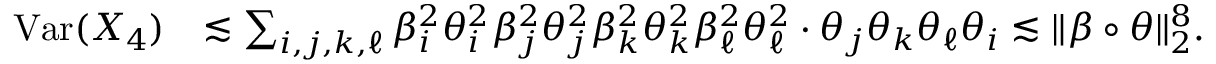
\begin{array} { r l } { \mathrm { V a r } ( X _ { 4 } ) } & { \lesssim \sum _ { i , j , k , \ell } \beta _ { i } ^ { 2 } \theta _ { i } ^ { 2 } \beta _ { j } ^ { 2 } \theta _ { j } ^ { 2 } \beta _ { k } ^ { 2 } \theta _ { k } ^ { 2 } \beta _ { \ell } ^ { 2 } \theta _ { \ell } ^ { 2 } \cdot \theta _ { j } \theta _ { k } \theta _ { \ell } \theta _ { i } \lesssim \| \beta \circ \theta \| _ { 2 } ^ { 8 } . } \end{array}